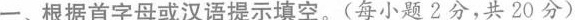
一、根据首字母或汉语提示填空.(每小题 2分,共 20分)